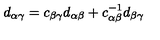
d _ { \alpha \gamma } = c _ { \beta \gamma } d _ { \alpha \beta } + c _ { \alpha \beta } ^ { - 1 } d _ { \beta \gamma }